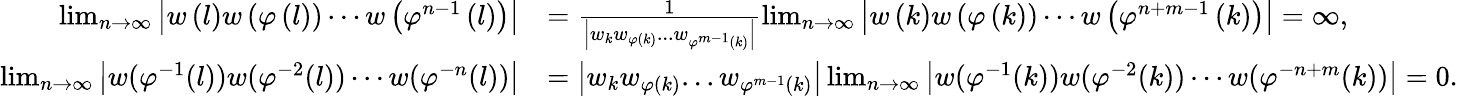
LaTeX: \begin{array}{rl}{\operatorname*{lim}_{n\rightarrow\infty}\left|w\left(l\right)w\left(\varphi\left(l\right)\right)\cdots w\left(\varphi^{n-1}\left(l\right)\right)\right|}&{=\frac{1}{\left|w_{k}w_{\varphi\left(k\right)}...w_{\varphi^{m-1}\left(k\right)}\right|}\operatorname*{lim}_{n\rightarrow\infty}\left|w\left(k\right)w\left(\varphi\left(k\right)\right)\cdots w\left(\varphi^{n+m-1}\left(k\right)\right)\right|=\infty,}\\ {\operatorname*{lim}_{n\rightarrow\infty}\left|w(\varphi^{-1}(l))w(\varphi^{-2}(l))\cdots w(\varphi^{-n}(l))\right|}&{=\left|w_{k}w_{\varphi\left(k\right)}...w_{\varphi^{m-1}\left(k\right)}\right|\operatorname*{lim}_{n\rightarrow\infty}\left|w(\varphi^{-1}(k))w(\varphi^{-2}(k))\cdots w(\varphi^{-n+m}(k))\right|=0.}\end{array}